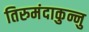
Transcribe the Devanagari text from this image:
तिरुमंदाकुन्नु